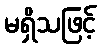
မရှိသဖြင့်